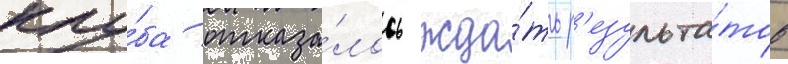
клу́ба отказа́лось жда́ть р'езульта́тов